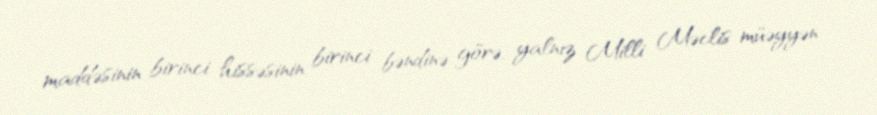
maddəsinin birinci hissəsinin birinci bəndinə görə, yalnız Milli Məclis müəyyən